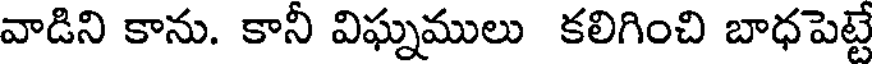
వాడిని కాను. కానీ విఘ్నములు కలిగించి బాధపెట్టే